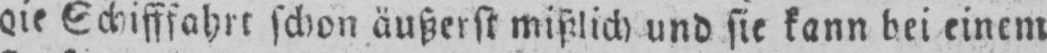
die Schifffahrt schon äusserst mißlich und sie kann bei einem